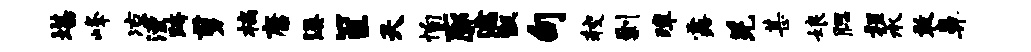
堪峰凉湮跨剪槁康溪筐天恂廓濡甑句较剿璋露羌甚娘腮程承敢鼻